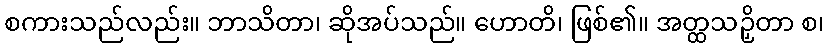
စကားသည်လည်း။ ဘာသိတာ၊ ဆိုအပ်သည်။ ဟောတိ၊ ဖြစ်၏။ အတ္ထသဉှိတာ စ၊